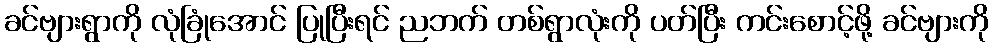
ခင်ဗျားရွာကို လုံခြုံအောင် ပြုပြီးရင် ညဘက် တစ်ရွာလုံးကို ပတ်ပြီး ကင်းစောင့်ဖို့ ခင်ဗျားကို